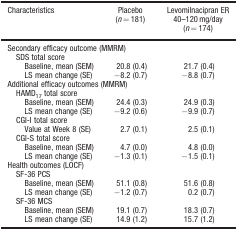
| Characteristics | Placebo (n = 181) | Levomilnacipran ER 40–120 mg/day (n = 174) |
 | --- | --- | --- |
 | Secondary efficacy outcome (MMRM) |
 | SDS total score |
 | Baseline, mean (SEM) | 20.8 (0.4) | 21.7 (0.4) |
 | LS mean change (SE) | −8.2 (0.7) | −8.8 (0.7) |
 | Additional efficacy outcomes (MMRM) |
 | HAMD17 total score |
 | Baseline, mean (SEM) | 24.4 (0.3) | 24.9 (0.3) |
 | LS mean change (SE) | −9.2 (0.6) | −9.9 (0.7) |
 | CGI-I total score |
 | Value at Week 8 (SE) | 2.7 (0.1) | 2.5 (0.1) |
 | CGI-S total score |
 | Baseline, mean (SEM) | 4.7 (0.0) | 4.8 (0.0) |
 | LS mean change (SE) | −1.3 (0.1) | −1.5 (0.1) |
 | Health outcomes (LOCF) |
 | SF-36 PCS |
 | Baseline, mean (SEM) | 51.1 (0.8) | 51.6 (0.8) |
 | LS mean change (SE) | −1.2 (0.7) | 0.2 (0.7) |
 | SF-36 MCS |
 | Baseline, mean (SEM) | 19.1 (0.7) | 18.3 (0.7) |
 | LS mean change (SE) | 14.9 (1.2) | 15.7 (1.2) |